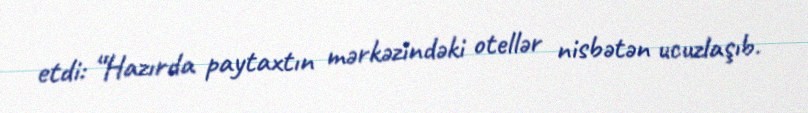
etdi: “Hazırda paytaxtın mərkəzindəki otellər nisbətən ucuzlaşıb.